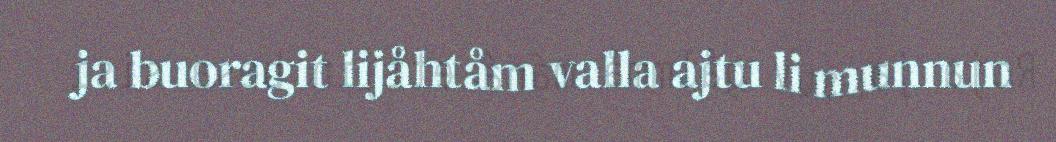
ja buoragit lijåhtåm valla ajtu li munnun